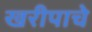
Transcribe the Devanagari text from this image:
खरीपाचे